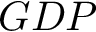
G D P